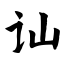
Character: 讪